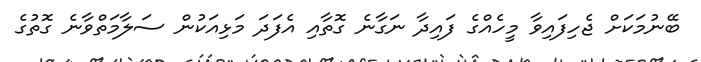
ބޭނުމަކަށް ޖެހިފައިވާ މީހެއްގެ ފައިދާ ނަގާނެ ގޮތާއި އެފަދަ މަޅިއަކުން ސަލާމަތްވާނެ ގޮތުގެ